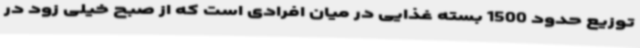
توزیع حدود 1500 بسته غذایی در میان افرادی است که از صبح خیلی زود در